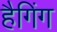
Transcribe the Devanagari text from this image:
हैगिंग